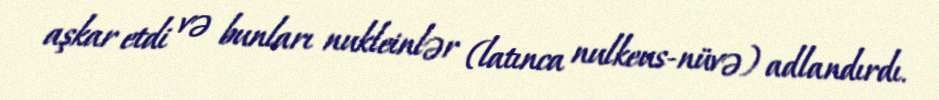
aşkar etdi və bunları nukleinlər (latınca nulkeus-nüvə) adlandırdı.